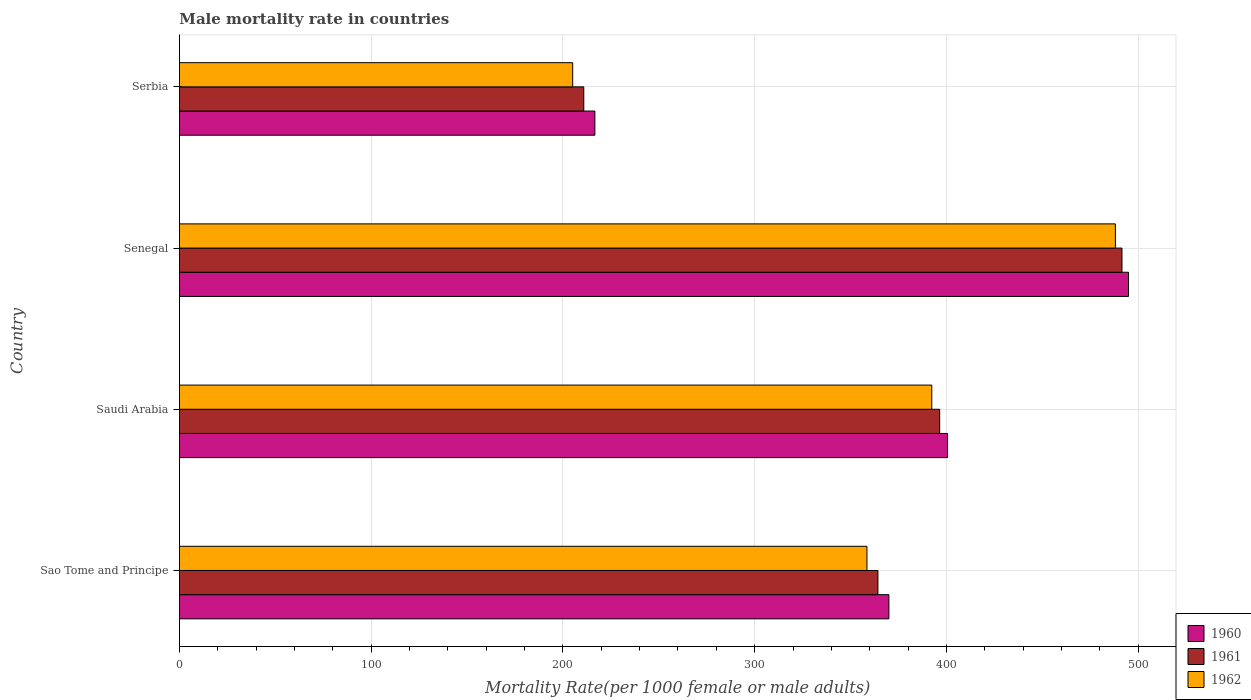
| Country | 1960 | 1961 | 1962 |
 | --- | --- | --- | --- |
 | Sao Tome and Principe | 370 | 364 | 359 |
 | Saudi Arabia | 401 | 396 | 392 |
 | Senegal | 495 | 492 | 488 |
 | Serbia | 217 | 211 | 205 |